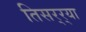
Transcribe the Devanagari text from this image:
तिसर्‍र्‍या